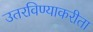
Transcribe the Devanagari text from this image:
उतरविण्याकरीता